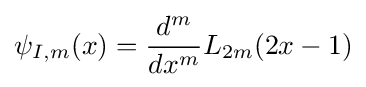
\psi _{I,m}(x)={\frac {d^{m}}{dx^{m}}}L_{2m}(2x-1)